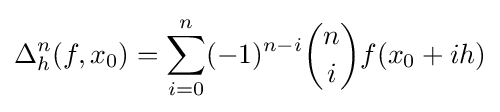
\Delta _{h}^{n}(f,x_{0})=\sum _{i=0}^{n}(-1)^{n-i}{\binom {n}{i}}f(x_{0}+ih)